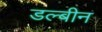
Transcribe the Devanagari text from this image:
डल्बीन